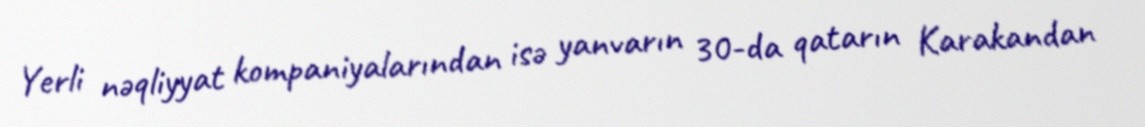
Yerli nəqliyyat kompaniyalarından isə yanvarın 30-da qatarın Karakandan